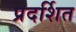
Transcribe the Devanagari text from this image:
प्रदर्शित